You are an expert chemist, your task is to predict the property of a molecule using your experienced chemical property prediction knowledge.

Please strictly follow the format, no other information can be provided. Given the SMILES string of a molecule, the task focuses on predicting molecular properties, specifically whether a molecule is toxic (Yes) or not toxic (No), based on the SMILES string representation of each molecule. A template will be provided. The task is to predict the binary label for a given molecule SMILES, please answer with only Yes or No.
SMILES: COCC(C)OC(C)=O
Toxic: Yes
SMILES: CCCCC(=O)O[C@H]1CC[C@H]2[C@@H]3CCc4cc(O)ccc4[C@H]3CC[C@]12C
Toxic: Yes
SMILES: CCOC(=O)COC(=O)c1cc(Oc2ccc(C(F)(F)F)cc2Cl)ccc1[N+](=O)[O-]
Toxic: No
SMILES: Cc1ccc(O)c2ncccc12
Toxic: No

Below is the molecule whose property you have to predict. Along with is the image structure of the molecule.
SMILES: CC(C)OC(=O)OCOP(=O)(CO[C@H](C)Cn1cnc2c(N)ncnc21)OCOC(=O)OC(C)C
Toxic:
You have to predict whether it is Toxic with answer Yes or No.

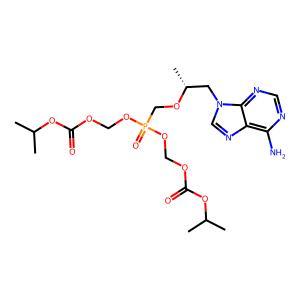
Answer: No